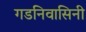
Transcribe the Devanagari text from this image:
गडनिवासिनी